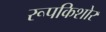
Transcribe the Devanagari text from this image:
रूपकिशोर